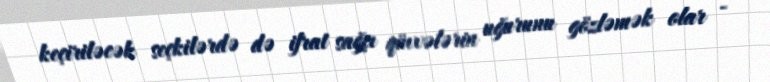
keçiriləcək seçkilərdə də ifrat sağçı qüvvələrin uğurunu gözləmək olar -